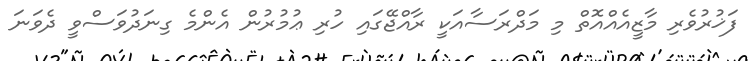
ފަޚުރުވެރި މާޒީއެއްއޮތް މި މަދްރަސާއަކީ ރާއްޖޭގައި ހުރި ޢުމުރުން އެންމެ ގިނަދުވަސްވީ ދެވަނަ